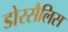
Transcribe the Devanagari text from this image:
डोरसैलिस